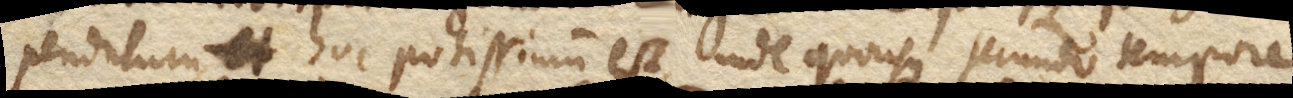
pendulum, hoc potissimum est, inde quousque secundo tempore